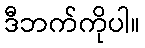
ဒီဘက်ကိုပါ။